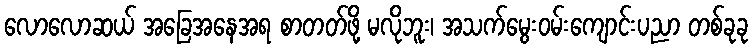
လောလောဆယ် အခြေအနေအရ စာတတ်ဖို့ မလိုဘူး၊ အသက်မွေးဝမ်းကျောင်းပညာ တစ်ခုခု